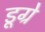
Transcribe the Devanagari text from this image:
डूग्रे